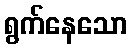
ရွက်နေသော